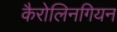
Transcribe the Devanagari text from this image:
कैरोलिनगियन